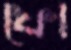
ফো